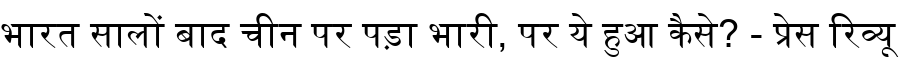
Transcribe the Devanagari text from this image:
भारत सालों बाद चीन पर पड़ा भारी, पर ये हुआ कैसे? - प्रेस रिव्यू